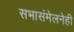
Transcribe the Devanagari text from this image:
सभासंमेलनेही